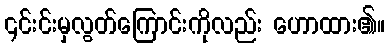
၎င်းင်းမှလွတ်ကြောင်းကိုလည်း ဟောထား၏။